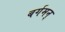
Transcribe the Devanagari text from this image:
बर्गमन्‌